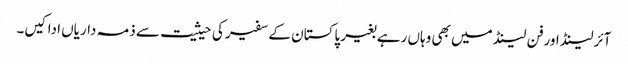
آئرلینڈ اورفن لینڈ میں بھی وہاں رہے بغیر پاکستان کے سفیر کی حیثیت سے ذمہ داریاں ادا کیں۔